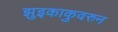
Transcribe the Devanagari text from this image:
झुइकाकुवरुन